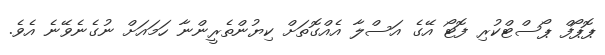
ޕޮޕޯފް ޕޯސްޓްކުރި ފޮޓޯ އޭގެ އަސްލާ އެއްގޮތަށް ކިޔުންތެރީންނާ ހަމައަށް ނުގެނެވޭނެ އެވެ.